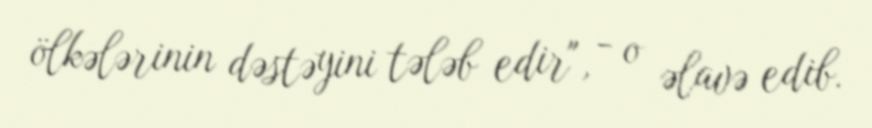
ölkələrinin dəstəyini tələb edir", - o əlavə edib.